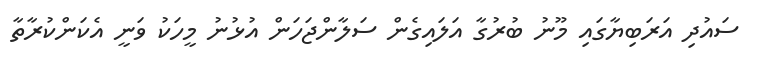
ސައުދި އަރަބިޔާގައި މޫނު ބުރުގާ އަލައިގެން ސަލާންޖަހަން އުޅުނު މީހަކު ވަނީ އެކަންކުރާތާ